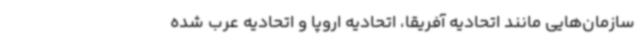
سازمان‌هایی مانند اتحادیه آفریقا، اتحادیه اروپا و اتحادیه عرب شده